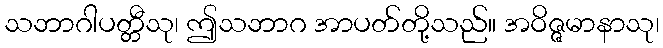
သဘာဂါပတ္တီသု၊ ဤသဘာဂ အာပတ်တို့သည်။ အဝိဇ္ဇမာနာသု၊